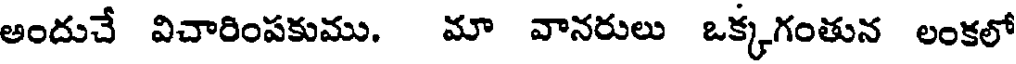
అందుచే విచారింపకుము. మా వానరులు ఒక్కగంతున లంకలో